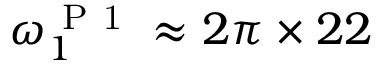
\omega _ { 1 } ^ { \mathrm { ~ P ~ 1 ~ } } \approx 2 \pi \times 2 2